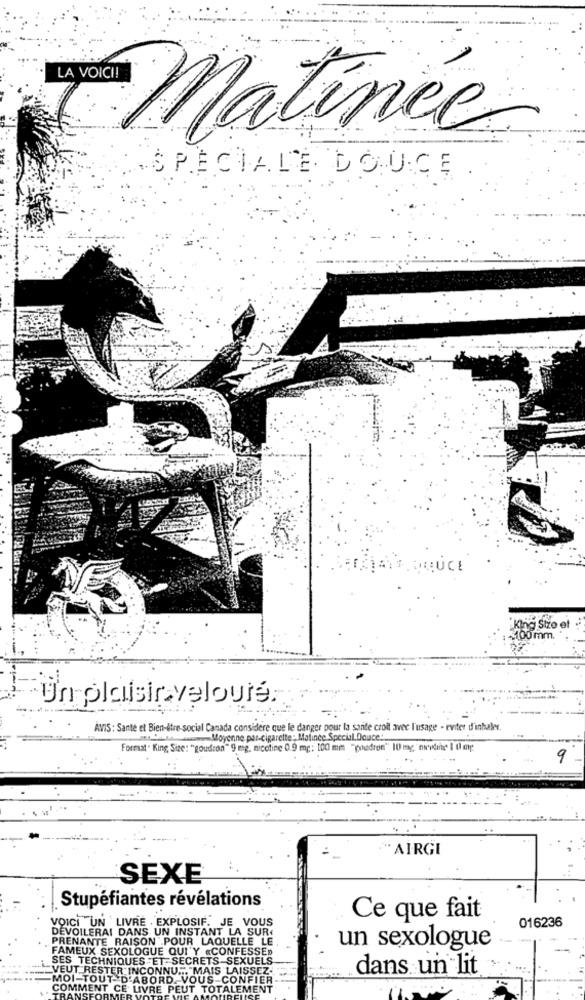
Matinée
SPECIALE DOUCE
POUCE
King Size et
$100 mm.
un plaisir veloute;
AVIS : Sante et Bien-être-social Canada considere que le danger pour la sante croll avec l'usage - eviter d'inhaler.
Moyenne par-cigarette: Matinee Special Douce ...
Format . King Size: "goudron" 9 mg, nicotine 0.9 mg: 100 mm "poedron" 10 mg mrutine 1 0 mg
9
AIRGI
SEXE
Stupéfiantes révélations
VOICI UN LIVRE . EXPLOSIF. JE VOUS
Ce que fait
016236
DEVOILERAI DANS UN INSTANT LA SUR
PRENANTE RAISON POUR LAQUELLE LE
FAMEUX SEXOLOGUE QUI Y «CONFESSED
un sexologue
SES TECHNIQUES ET- SECRETS SEXUELS
"VEUT RESTER INCONNU.", "MAIS LAISSEZ-
dans un lit
-MOI-TOUT-D'ABORD. VOUS-CONFIER
COMMENT CE LIVRE PEUT TOTALEMENT